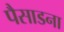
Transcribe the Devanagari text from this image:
पैसाडना